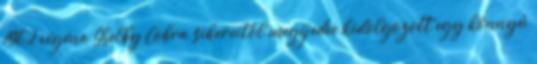
1962 végéna Shelby Cobra sikereitől megijedve kidolgozott egy könnyű